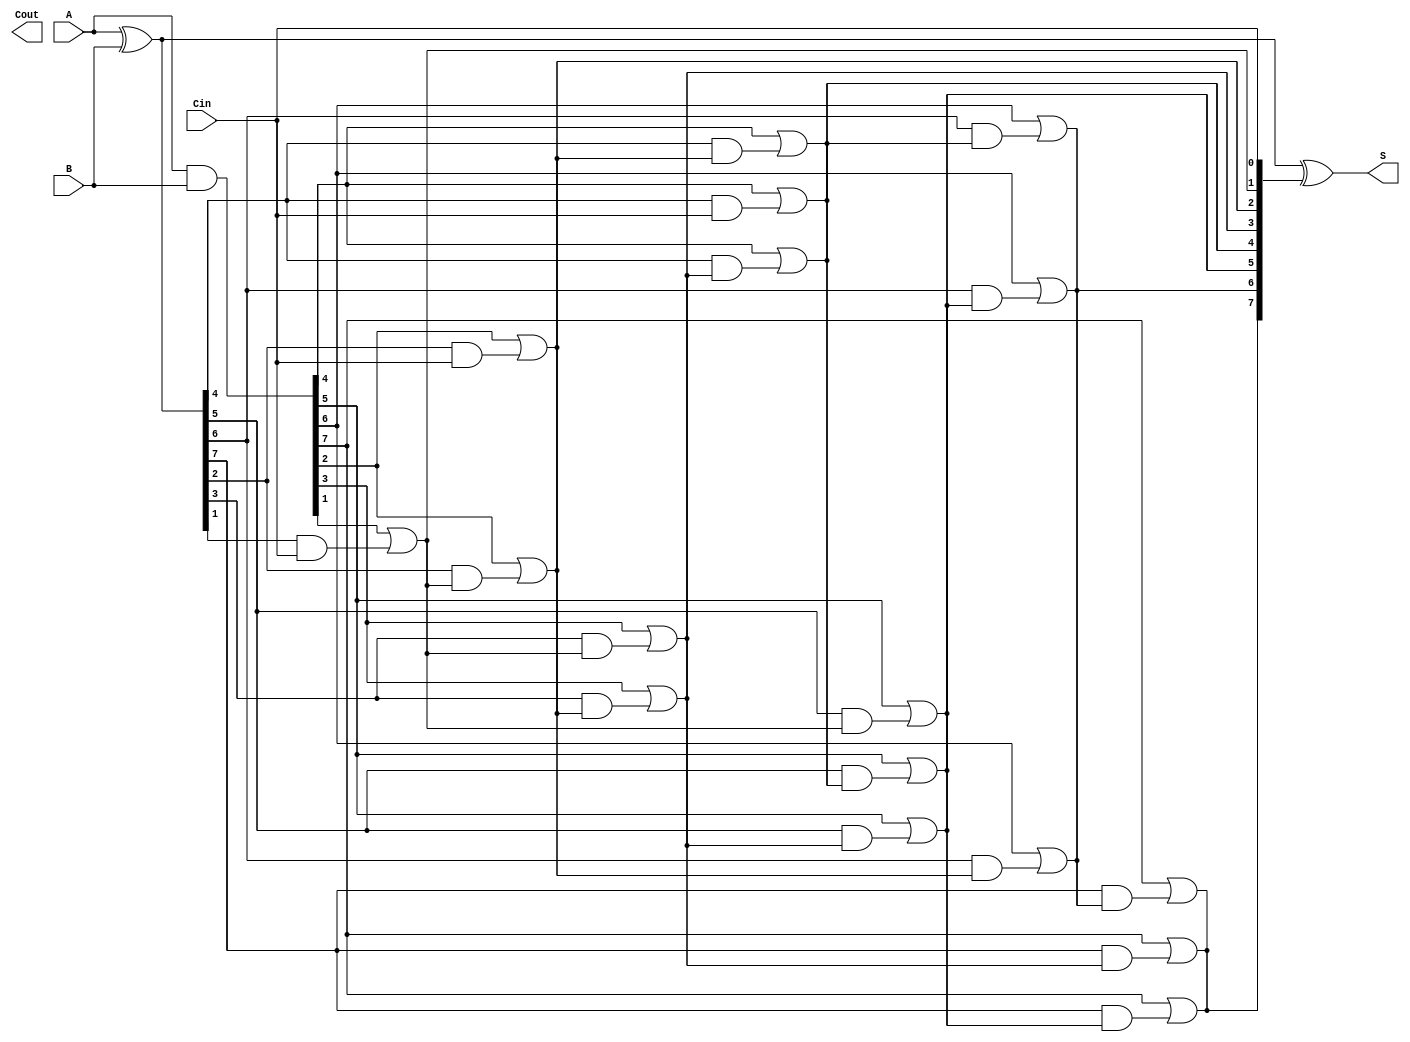
module KoggeStoneAdder #(parameter N = 8) (
    input  [N-1:0] A,      // First n-bit input
    input  [N-1:0] B,      // Second n-bit input
    input         Cin,      // Carry-in
    output [N-1:0] S,      // Sum output
    output        Cout      // Carry-out
);

    // Generate and Propagate signals
    wire [N-1:0] G; // Generate
    wire [N-1:0] P; // Propagate
    wire [N:0] C;   // Carry signals

    // Generate and Propagate calculations
    assign G = A & B;          // Generate
    assign P = A ^ B;          // Propagate

    // Carry signals initialization
    assign C[0] = Cin;         // Initial carry-in

    // Kogge-Stone carry generation
    genvar i, j, k;
    generate
        for (k = 0; k < $clog2(N); k = k + 1) begin : carry_generation
            for (i = 0; i < N; i = i + 1) begin : carry_level
                if (i >= (1 << k)) begin
                    assign C[i] = G[i] | (P[i] & C[i - (1 << k)]);
                end
            end
        end
    endgenerate

    // Sum calculation
    assign S = P ^ C[N-1:0];   // Sum output
    assign Cout = C[N];        // Final carry-out

endmodule